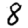
Digit: 8